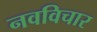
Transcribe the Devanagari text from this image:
नवविचार